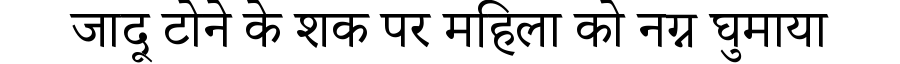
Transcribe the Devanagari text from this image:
जादू टोने के शक पर महिला को नग्न घुमाया